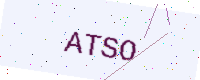
Text: ATSO